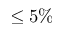
\le 5 \%